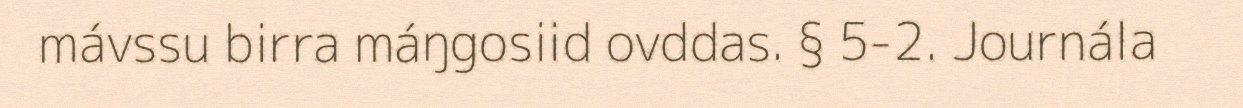
mávssu birra máŋgosiid ovddas. § 5-2. Journála